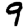
Digit: 9